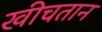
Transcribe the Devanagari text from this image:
खीचतान